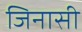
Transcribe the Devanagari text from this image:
जिनासी